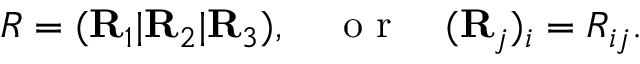
\begin{array} { r } { R = ( { \bf R } _ { 1 } | { \bf R } _ { 2 } | { \bf R } _ { 3 } ) , \quad \mathrm { ~ o ~ r ~ } \quad ( { \bf R } _ { j } ) _ { i } = R _ { i j } . } \end{array}